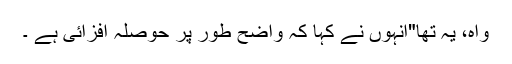
واہ، یہ تھا"انہوں نے کہا کہ واضح طور پر حوصلہ افزائی ہے ۔